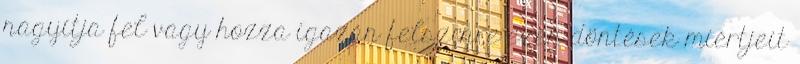
nagyítja fel vagy hozza igazán felszínre ezen döntések miértjeit